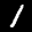
Label: 1